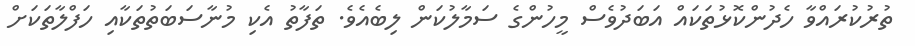
ތުރުކުރައްވާ ހެދުންކޮޅުތަކައް އަބަދުވެސް މީހުންގެ ސަމާލުކަން ލިބެއެވެ. ތަފާތު އެކި މުނާސަބަތުތަކާއި ހަފްލާތަކަށް